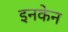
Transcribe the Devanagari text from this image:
इनकेन